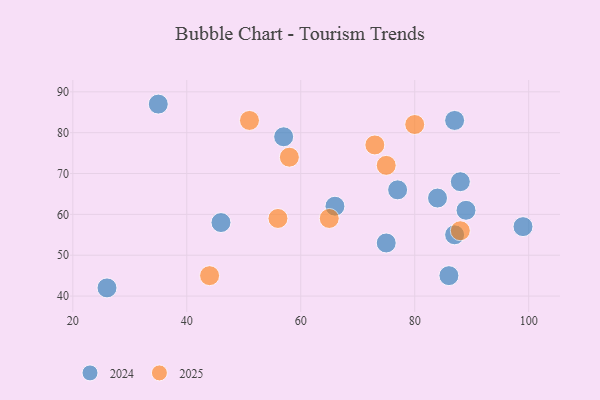
{"axis": {"x": "GDP", "y": "Life Expectancy"}, "legend": ["2024", "2025"], "data": [{"x": "88", "y": 56, "type": "2025"}, {"x": "44", "y": 45, "type": "2025"}, {"x": "51", "y": 83, "type": "2025"}, {"x": "56", "y": 59, "type": "2025"}, {"x": "58", "y": 74, "type": "2025"}, {"x": "75", "y": 72, "type": "2025"}, {"x": "65", "y": 59, "type": "2025"}, {"x": "73", "y": 77, "type": "2025"}, {"x": "80", "y": 82, "type": "2025"}, {"x": "46", "y": 58, "type": "2024"}, {"x": "77", "y": 66, "type": "2024"}, {"x": "88", "y": 68, "type": "2024"}, {"x": "26", "y": 42, "type": "2024"}, {"x": "87", "y": 83, "type": "2024"}, {"x": "66", "y": 62, "type": "2024"}, {"x": "99", "y": 57, "type": "2024"}, {"x": "84", "y": 64, "type": "2024"}, {"x": "35", "y": 87, "type": "2024"}, {"x": "57", "y": 79, "type": "2024"}, {"x": "87", "y": 55, "type": "2024"}, {"x": "89", "y": 61, "type": "2024"}, {"x": "86", "y": 45, "type": "2024"}, {"x": "75", "y": 53, "type": "2024"}]}